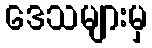
ဒေသများမှ